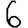
Digit: 6